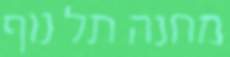
מחנה תל נוף